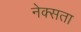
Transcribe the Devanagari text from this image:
नेक्सता